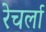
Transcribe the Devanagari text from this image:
रेचर्ला